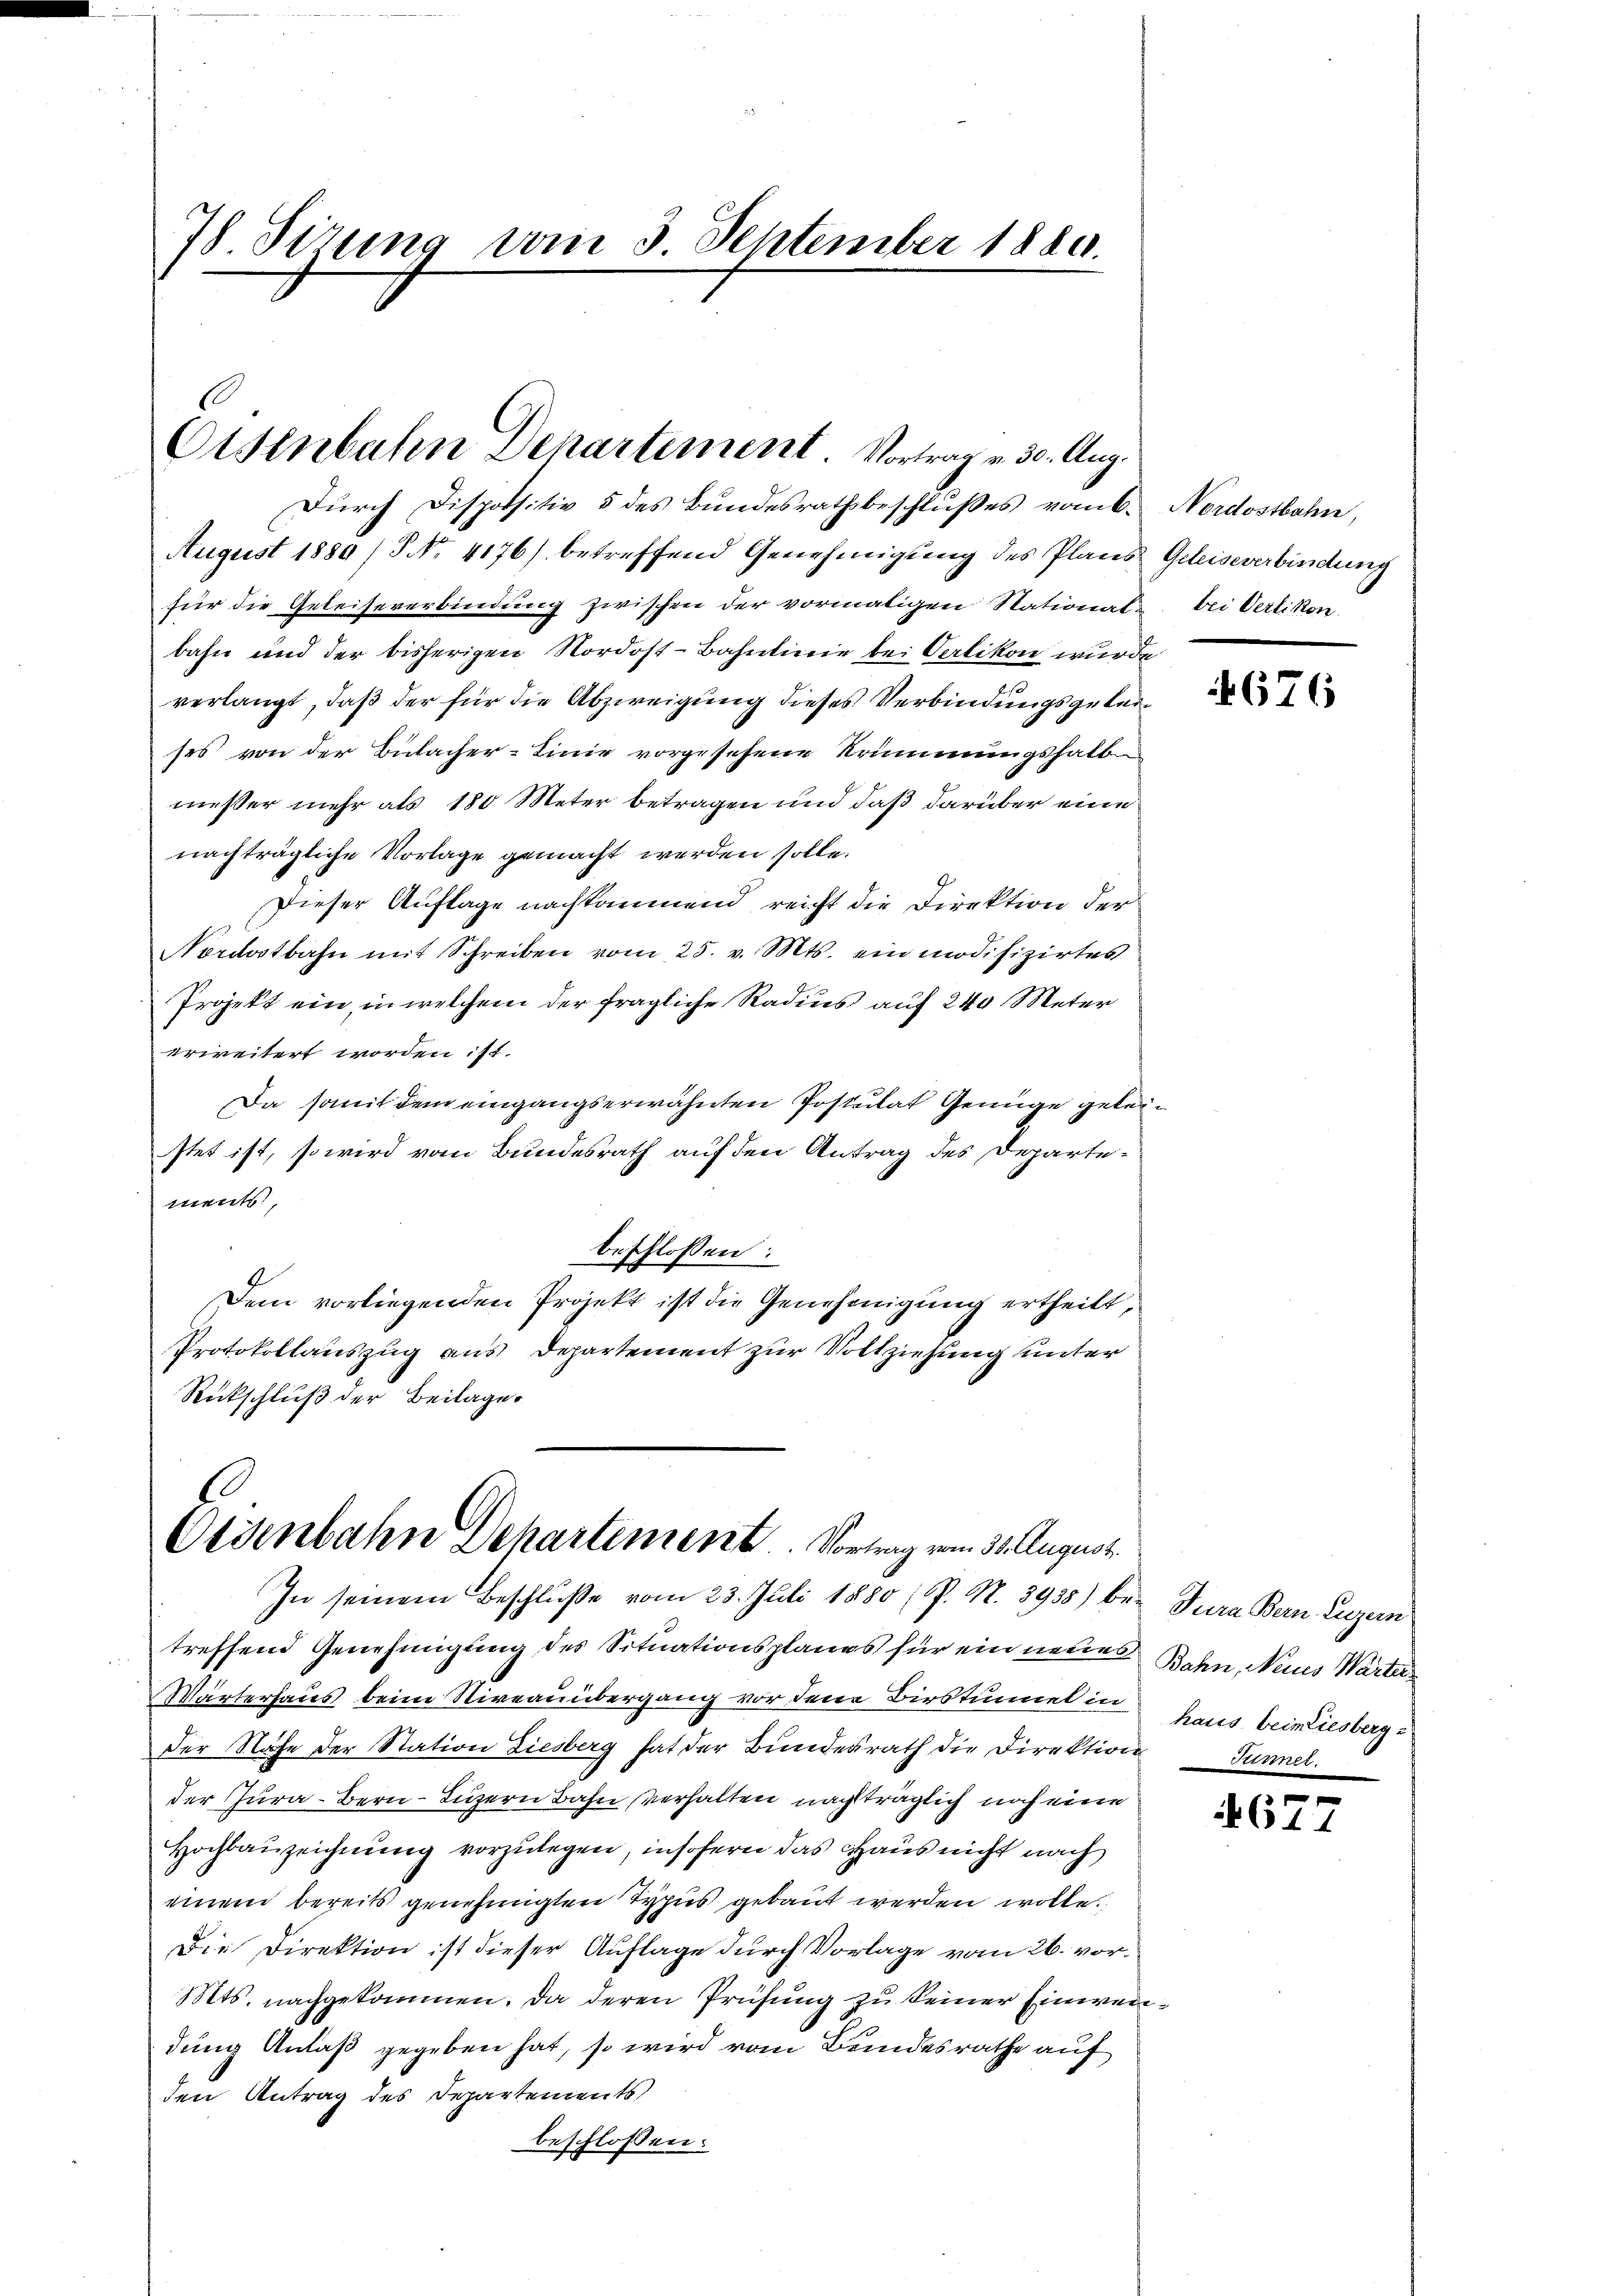
78 Sirung vom 3. September 1880.

Eisenbahn Departement Vortrag v. 30. Aug.

Durch Dispositiv 5 des Bundesrathsbeschlußes vom 6.
August 1880 / No. 4176) betreffend Genehmigung des Plans Geleiseverbindung
für die Geleiseverbindung zwischen der vormaligen Stational- bei Verlikon.
bahn und der bisherigen Nordost-Bahnlinie bei Carlikon wurde
verlangt, daß der für die Abzweigung dieses Verbindungsgüterses von der Bulacher-Linie vorgesehene Krümmungshalb
messer mehr als 180 Meter betragen und daß darüber eine
nachträgliche Vorlage gemacht werden solle.
Dieser Auflage nachkommend reicht die Direktion der
Nordostbahn mit Schreiben vom 25. v. Mts. ein modifizirtes
Projekt ein, in welchem der fragliche Radius auf 240 Meter
erweitert worden ist.
Da somit dem eingangserwähnten Postulat Genüge geleistet ist, so wird vom Bundesrath auf den Antrag des Departements,
beschlossen:
Dem vorliegenden Projekt ist die Genehmigung ertheilt,
Protokollauszug aus Departement zur Vollziehung unter
Rückschluß der Beilages

Ottenbahn Dehartement. Vortrag vom 30. August.

Nordostbahn,

In seinem Beschluße vom 23. Juli 1880 (p. N. 3938) betreffend Genehmigung des Situationsplanes für ein neues Bahn, Neues Warter
Wärterhaus beim Niveauübergang vor den Birstinuel in
Der Nähe der Station Liesberg hat der Bundesrath die Direktion Tunner.
der Jura - Bern Luzern Bahn verhalten nachträglich noch eine
Hochbauzeichnung vorzulegen, insofern das Haus nicht nach
einem bereits genehmigten Typus gebaut werden wolle.
Die Direktion ist dieser Auflage durch Vorlage vom 26. vor.
Mts. nachgekommen. Da deren Prüfung zu seiner Einweidung Anlaß gegeben hat, so wird vom Bundesrathe auf
den Antrag des Departements
beschlossen:

4676

Jura Bern, Luzern
haus beimiesberg u

n
614